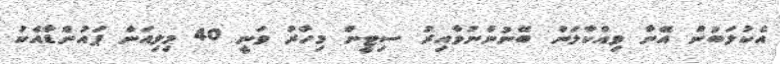
އެކުލަބުން އޭނާ ވިއްކާލަން ބޭނުންނުވާއިރު ސިޓީން މިހާރު ވަނީ 40 މިލިއަން ޕައުންޑާއެކު